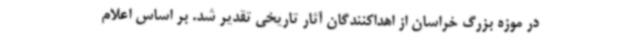
در موزه بزرگ خراسان از اهداکنندگان آثار تاریخی تقدیر شد. بر اساس اعلام